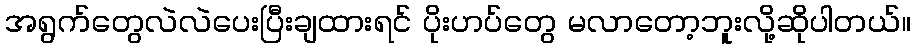
အရွက်တွေလဲလဲပေးပြီးချထားရင် ပိုးဟပ်တွေ မလာတော့ဘူးလို့ဆိုပါတယ်။